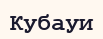
Кубауи